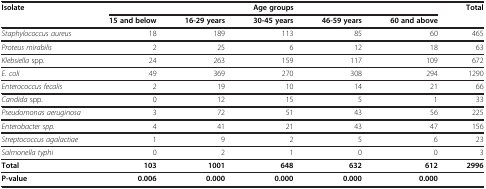
| Isolate |  |  | Age groups |  |  | Total |
 |  | 15 and below | 16-29 years | 30-45 years | 46-59 years | 60 and above |  |
 | --- | --- | --- | --- | --- | --- | --- |
 | Staphylococcus aureus | 18 | 189 | 113 | 85 | 60 | 465 |
 | Proteus mirabilis | 2 | 25 | 6 | 12 | 18 | 63 |
 | Klebsiella spp. | 24 | 263 | 159 | 117 | 109 | 672 |
 | E. coli | 49 | 369 | 270 | 308 | 294 | 1290 |
 | Enterococcus fecalis | 2 | 19 | 10 | 14 | 21 | 66 |
 | Candida spp. | 0 | 12 | 15 | 5 | 1 | 33 |
 | Pseudomonas aeruginosa | 3 | 72 | 51 | 43 | 56 | 225 |
 | Enterobacter spp. | 4 | 41 | 21 | 43 | 47 | 156 |
 | Streptococcus agalactiae | 1 | 9 | 2 | 5 | 6 | 23 |
 | Salmonella typhi | 0 | 2 | 1 | 0 | 0 | 3 |
 | Total | 103 | 1001 | 648 | 632 | 612 | 2996 |
 | P-value | 0.006 | 0.000 | 0.000 | 0.000 | 0.000 |  |